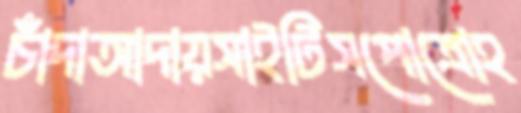
চাঁদাআদায়সাইটিসপোত্রোহ